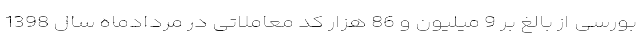
بورسی از بالغ بر 9 میلیون و 86 هزار کد معاملاتی در مردادماه سال 1398